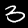
Label: 3